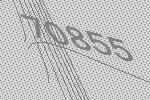
70855